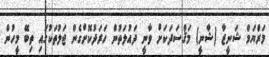
މަރްޔަމް ޝަނީޒާ (ޝާނީ) މަޤްސަދަކަށް ވާނީ ދައުލަތުން ހަރަދުކޮށްގެން ޖަލުތަކުގައި ތިބޭ މީހުން